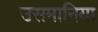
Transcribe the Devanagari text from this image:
उसमानिया